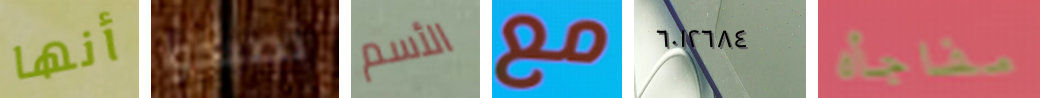
أنها تصبحوا الأسم مع ٦٠١٢٦٨٤ مفاجأه